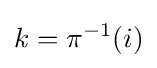
k=\pi ^{-1}(i)